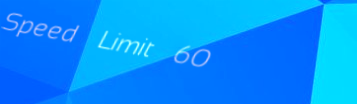
Speed Limit 60